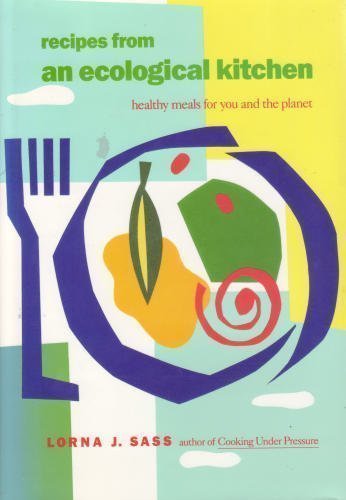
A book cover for Recipes from an Ecological Kitchen: Healthy Meals for You and the Planet; Lorna J. Sass; Cookbooks, Food & Wine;